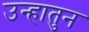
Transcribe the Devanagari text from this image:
उन्हातुन